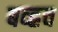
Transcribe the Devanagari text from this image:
बव्ह्रच